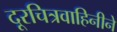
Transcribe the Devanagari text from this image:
दूरचित्रवाहिनीने